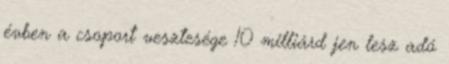
évben a csoport vesztesége 10 milliárd jen lesz adó